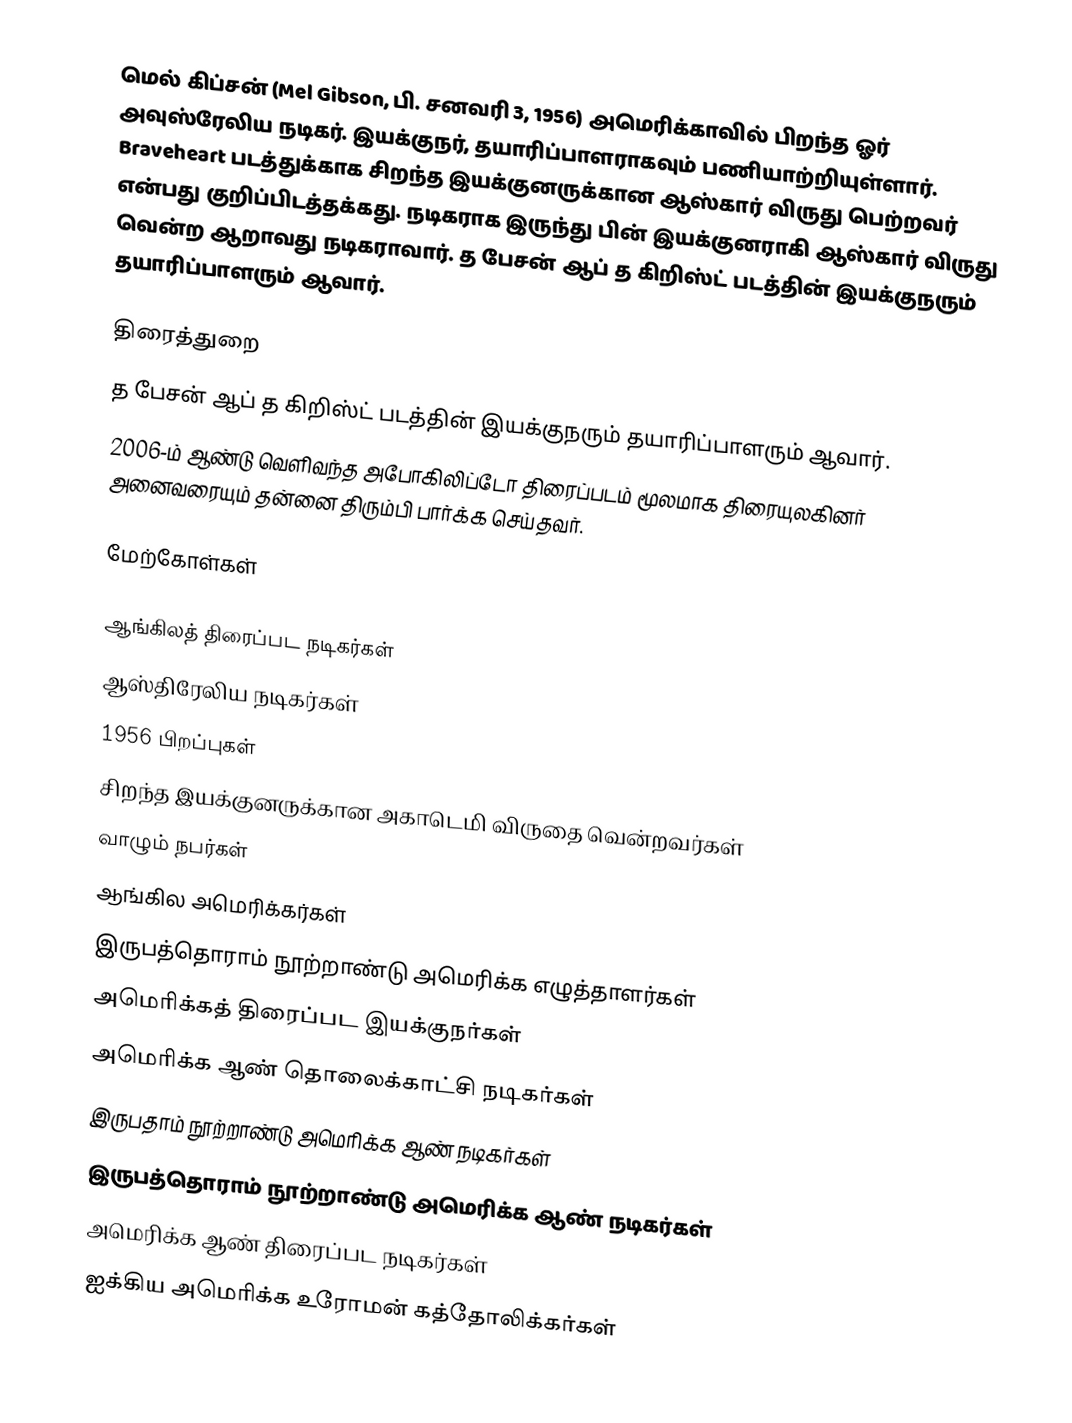
மெல் கிப்சன் (Mel Gibson, பி. சனவரி 3, 1956) அமெரிக்காவில் பிறந்த ஓர் அவுஸ்ரேலிய நடிகர். இயக்குநர், தயாரிப்பாளராகவும் பணியாற்றியுள்ளார். Braveheart படத்துக்காக சிறந்த இயக்குனருக்கான ஆஸ்கார் விருது பெற்றவர் என்பது குறிப்பிடத்தக்கது. நடிகராக இருந்து பின் இயக்குனராகி ஆஸ்கார் விருது வென்ற ஆறாவது நடிகராவார். த பேசன் ஆப் த கிறிஸ்ட் படத்தின் இயக்குநரும் தயாரிப்பாளரும் ஆவார்.

திரைத்துறை
 த பேசன் ஆப் த கிறிஸ்ட் படத்தின் இயக்குநரும் தயாரிப்பாளரும் ஆவார்.
 2006-ம் ஆண்டு வெளிவந்த அபோகிலிப்டோ திரைப்படம் மூலமாக திரையுலகினர் அனைவரையும் தன்னை திரும்பி பார்க்க செய்தவர்.

மேற்கோள்கள்

ஆங்கிலத் திரைப்பட நடிகர்கள்
ஆஸ்திரேலிய நடிகர்கள்
1956 பிறப்புகள்
சிறந்த இயக்குனருக்கான அகாடெமி விருதை வென்றவர்கள்
வாழும் நபர்கள்
ஆங்கில அமெரிக்கர்கள்
இருபத்தொராம் நூற்றாண்டு அமெரிக்க எழுத்தாளர்கள்
அமெரிக்கத் திரைப்பட இயக்குநர்கள்
அமெரிக்க ஆண் தொலைக்காட்சி நடிகர்கள்
இருபதாம் நூற்றாண்டு அமெரிக்க ஆண் நடிகர்கள்
இருபத்தொராம் நூற்றாண்டு அமெரிக்க ஆண் நடிகர்கள்
அமெரிக்க ஆண் திரைப்பட நடிகர்கள்
ஐக்கிய அமெரிக்க உரோமன் கத்தோலிக்கர்கள்